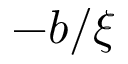
- b / \xi